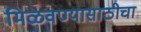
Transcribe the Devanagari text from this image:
मिळवण्यासाठीचा